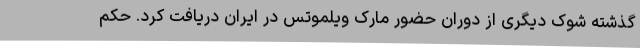
گذشته شوک دیگری از دوران حضور مارک ویلموتس در ایران دریافت کرد. حکم